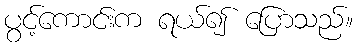
ပွင့်ကောင်းက ရယ်၍ ပြောသည်။